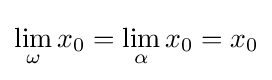
\lim _{\omega }x_{0}=\lim _{\alpha }x_{0}=x_{0}